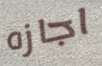
اجازه